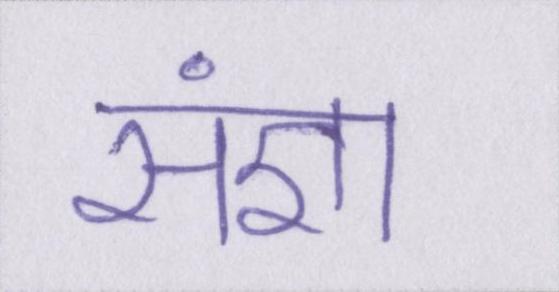
संज्ञा